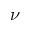
\nu